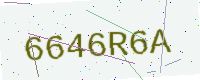
Text: 6646R6A